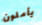
يأملون